Indian journal of veterinary science and animal husbandry - Volumes 15-17, 1948-1951
Year: 1948
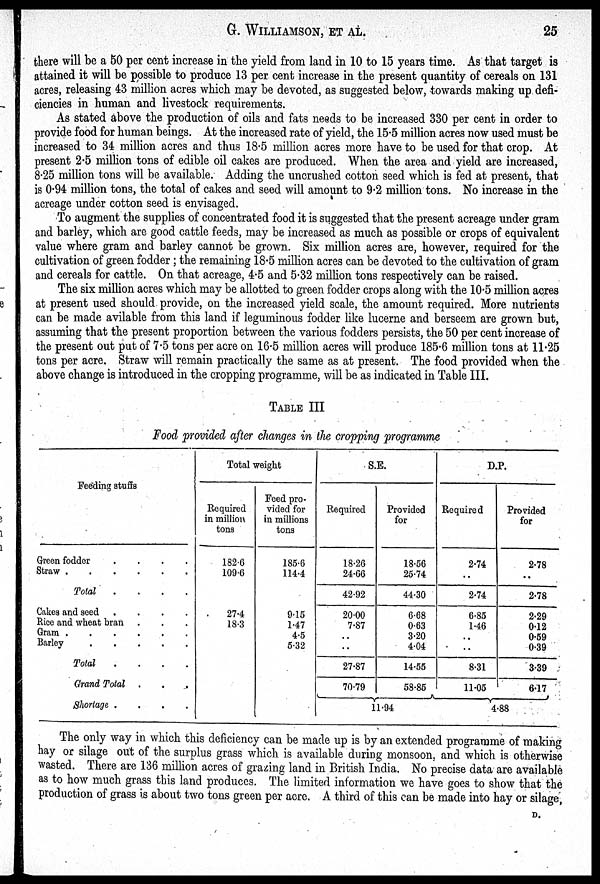
G. WILLIAMSON,
ET
AL.
25
there will be a 50 per cent increase in the yield from land in 10 to 15 years time. As that target is
attained it will be possible to produce 13 per cent increase in the present quantity of cereals on 131
acres, releasing 43 million acres which may be devoted, as suggested below, towards making up defi-
ciencies in human and livestock requirements.
As stated above the production of oils and fats needs to be increased 330 per cent in order to
provide food for human beings. At the increased rate of yield, the 15.5 million acres now used must be
increased to 34 million acres and thus 18.5 million acres more have to be used for that crop. At
present 2.5 million tons of edible oil cakes are produced. When the area and yield are increased,
8.25 million tons will be available. Adding the uncrushed cotton seed which is fed at present, that
is 0.94 million tons, the total of cakes and seed will amount to 9.2 million tons. No increase in the
acreage under cotton seed is envisaged.
To augment the supplies of concentrated food it is suggested that the present acreage under gram
and barley, which are good cattle feeds, may be increased as much as possible or crops of equivalent
value where gram and barley cannot be grown. Six million acres are, however, required for the
cultivation of green fodder; the remaining 18.5 million acres can be devoted to the cultivation of gram
and cereals for cattle. On that acreage, 4.5 and 5.32 million tons respectively can be raised.
The six million acres which may be allotted to green fodder crops along with the 10.5 million acres
at present used should provide, on the increased yield scale, the amount required. More nutrients
can be made avilable from this land if leguminous fodder like lucerne and berseem are grown but,
assuming that the present proportion between the various fodders persists, the 50 per cent increase of
the present out put of 7.5 tons per acre on 16.5 million acres will produce 185.6 million tons at 11.25
tons per acre. Straw will remain practically the same as at present. The food provided when the
above change is introduced in the cropping programme, will be as indicated in Table III.
TABLE III
Food provided after changes in the cropping programme
Feeding stuffs
Green fodder
.
.
.
.
Straw . . . . . .
Cakes and seed
.
.
.
.
Rice and wheat bran . . .
Gram
.
.
.
.
.
.
Barley
.
.
.
.
.
Total
.
.
.
.
Grand Total .
.
.
Shortage .
.
.
.
Total weight
Required
in million
tons
182.6
109.6
27.4
18.3
Feed pro-
vided for
in millions
tons
185.6
114.4
9.15
1.47
4.5
5.32
S.E.
Required
18.26
24.66
42.02
20.00
7.87
..
..
27.87
70.79
Provided
for
18.56
25.74
14.00
6.68
0.63
3.20
4.04
14.55
58.85
11.94
D.P.
Required
2.74
..
2.74
6.85
1.46
..
..
8.31
11.05
Provided
for
2.78
..
2.78
2.29
0.12
0.59
0.39
3.39
6.17
4.88
The only way in which this deficiency can be made up is by an extended programme of making
hay or silage out of the surplus grass which is available during monsoon, and which is otherwise
wasted. There are 136 million acres of grazing land in British India. No precise data are available
as to how much grass this land produces. The limited information we have goes to show that the
production of grass is about two tons green per acre. A third of this can be made into hay or silage,
D.